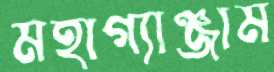
মহাগ্যাঞ্জাম